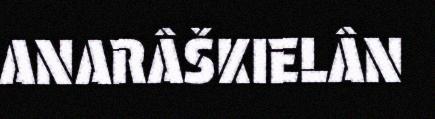
ANARÂŠKIELÂN